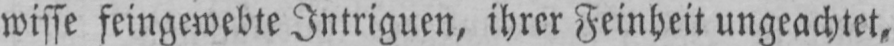
wisse feingewebte Intriguen, ihrer Feinheit ungeachtet,